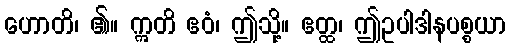
ဟောတိ၊ ၏။ ဣတိ ဧဝံ၊ ဤသို့။ ဧတ္ထ၊ ဤဥပါဒါနပစ္စယာ